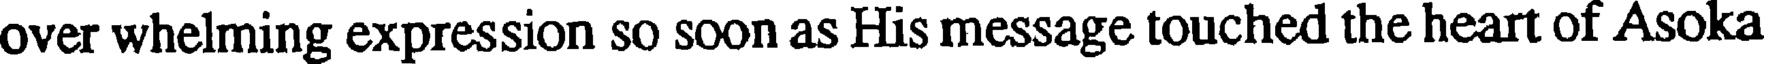
over whelming expression so soon as His message touched the heart of Asoka